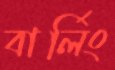
বার্লিং